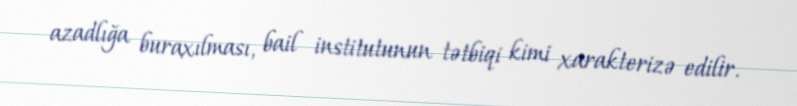
azadlığa buraxılması, bail institutunun tətbiqi kimi xarakterizə edilir.